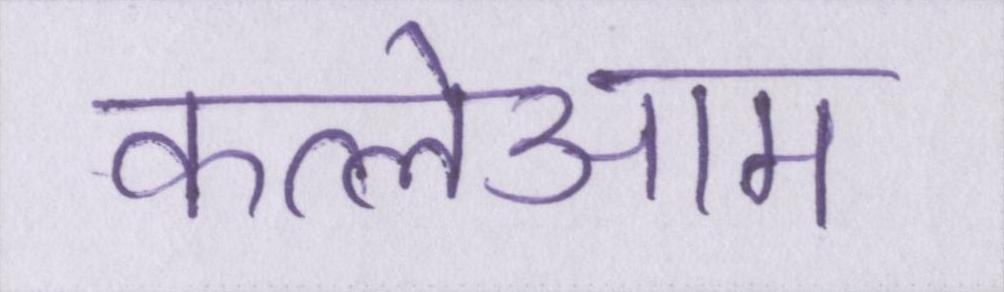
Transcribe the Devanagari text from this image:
कत्लेआम